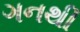
ગનથી